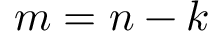
m = n - k